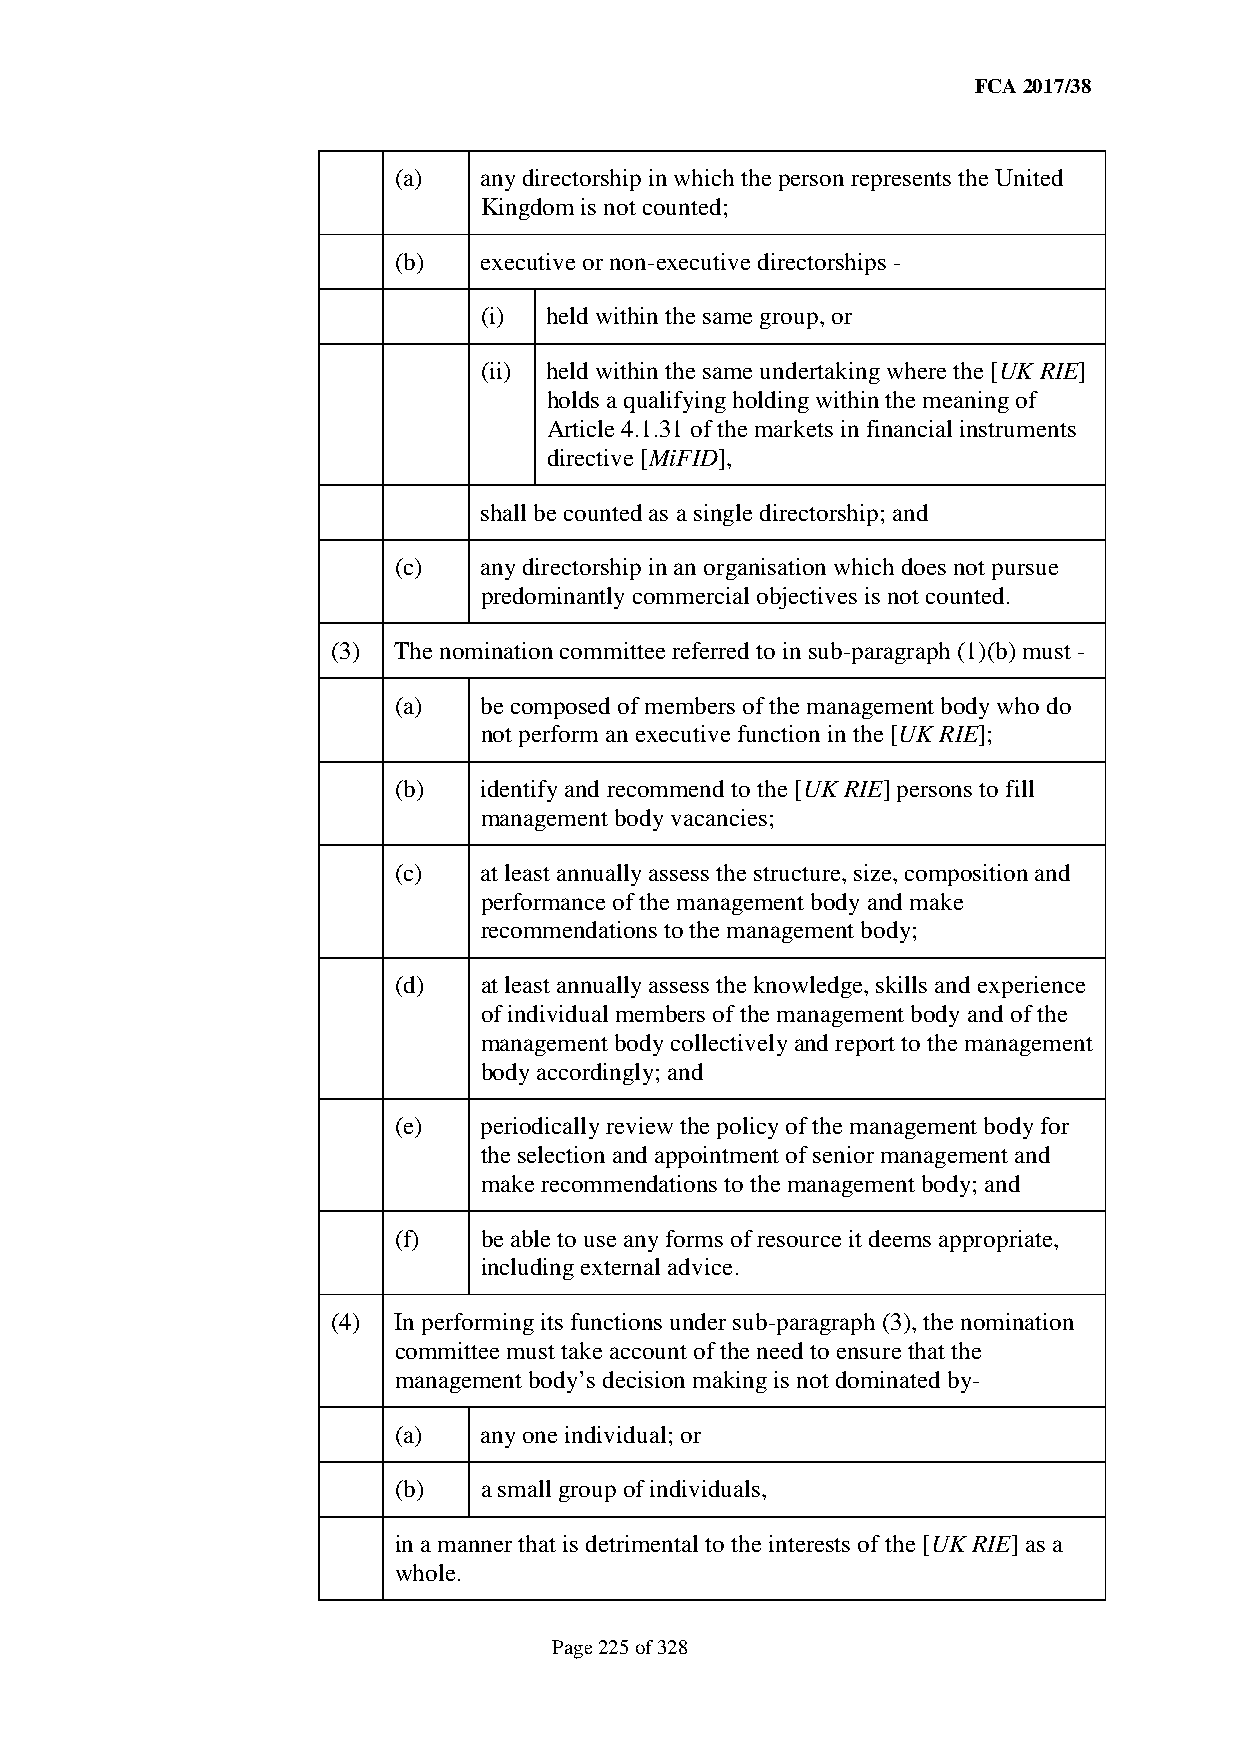
FCA 2017/38
 (a)   any directorship in which the person represents the United
 Kingdom is not counted;
 (b)   executive or non-executive directorships -
 (i) held within the same group, or
 (ii) held within the same undertaking where the [UK RIE]
 holds a qualifying holding within the meaning of
 Article 4.1.31 of the markets in financial instruments
 directive [MiFID],
 shall be counted as a single directorship; and
 (c)   any directorship in an organisation which does not pursue
 predominantly commercial objectives is not counted.
 (3) The nomination committee referred to in sub-paragraph (1)(b) must -
 (a)   be composed of members of the management body who do
 not perform an executive function in the [UK RIE];
 (b)   identify and recommend to the [UK RIE] persons to fill
 management body vacancies;
 (c)   at least annually assess the structure, size, composition and
 performance of the management body and make
 recommendations to the management body;
 (d)   at least annually assess the knowledge, skills and experience
 of individual members of the management body and of the
 management body collectively and report to the management
 body accordingly; and
 (e)   periodically review the policy of the management body for
 the selection and appointment of senior management and
 make recommendations to the management body; and
 (f)   be able to use any forms of resource it deems appropriate,
 including external advice.
 (4) In performing its functions under sub-paragraph (3), the nomination
 committee must take account of the need to ensure that the
 management body’s decision making is not dominated by-
 (a)   any one individual; or
 (b)   a small group of individuals,
 in a manner that is detrimental to the interests of the [UK RIE] as a
 whole.
 Page 225 of 328